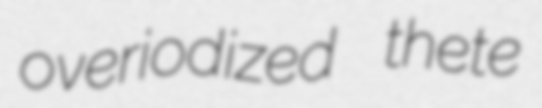
overiodized thete